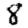
Digit: 8